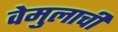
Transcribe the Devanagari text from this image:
वेमुलाची